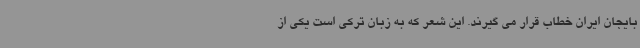
بایجان ایران خطاب قرار می گیرند. این شعر که به زبان ترکی است یکی از